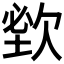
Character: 𣣑